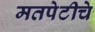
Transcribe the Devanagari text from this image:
मतपेटीचे